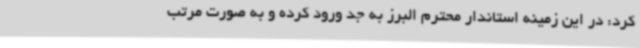
کرد: در این زمینه استاندار محترم البرز به جد ورود کرده و به صورت مرتب